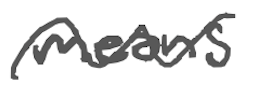
Text: means
Cross-out: mix
Writing tool: digital_gray